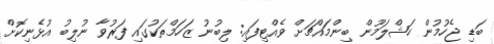
ބަޑި ޖެހުމުން ހަޝްލަމޫން ބިންމައްޗަށް ވެއްޓިފައި: ލިބުނު ޒަހަމްތަކުގައި ފަރުވާ ނުލިބު އުޅެނިކޮށް